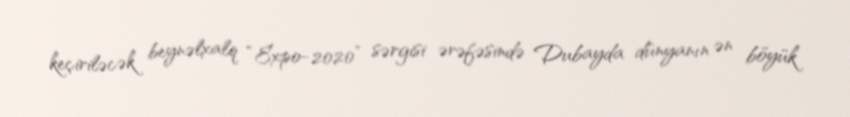
keçiriləcək beynəlxalq “Expo-2020” sərgisi ərəfəsində Dubayda dünyanın ən böyük